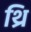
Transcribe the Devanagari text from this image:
थ्रि